Indian journal of veterinary science and animal husbandry - Volume 5,
Year: 1935
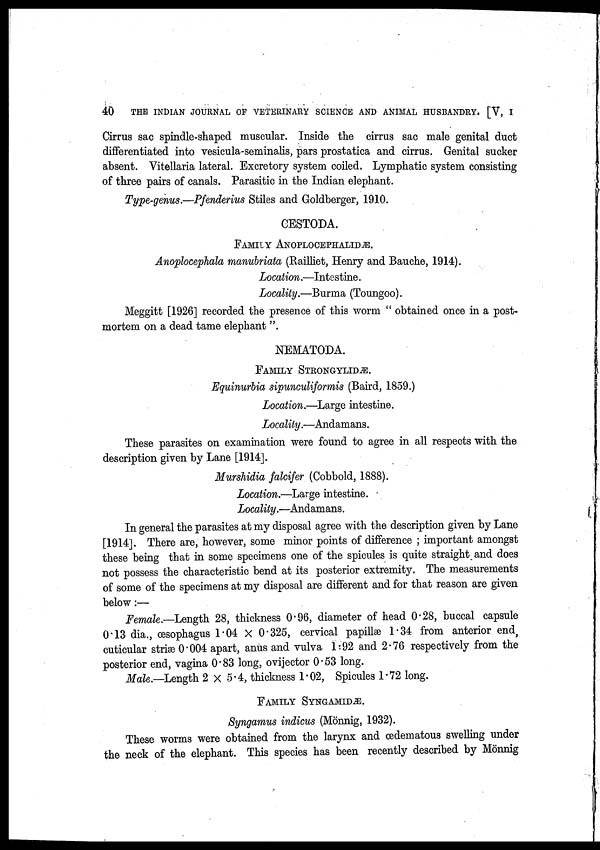
40
THE INDIAN JOURNAL OF VETERINARY SCIENCE AND ANIMAL HUSBANDRY. [V, I
Cirrus sac spindle-shaped muscular. Inside the cirrus sac male genital duct
differentiated into vesicula-seminalis, pars prostatica and cirrus. Genital sucker
absent. Vitellaria lateral. Excretory system coiled. Lymphatic system consisting
of three pairs of canals. Parasitic in the Indian elephant.
Type-genus.—Pfenderius Stiles and Goldberger, 1910.
GESTODA.
FAMILY ANOPLOCEPHALIDÆ.
Anoplocephala manubriata (Railliet, Henry and Bauche, 1914).
Location.—Intestine.
Locality.—Burma (Toungoo).
Meggitt [1926] recorded the presence of this worm " obtained once in a post-
mortem on a dead tame elephant ".
NEMATODA.
FAMILY STRONGYLIDÆ.
Equinurbia sipunculiformis (Baird, 1859.)
Location.—Large intestine.
Locality.—Andamans.
These parasites on examination were found to agree in all respects with the
description given by Lane [1914].
Murshidia falcifer (Cobbold, 1888).
Location.—Large intestine.
Locality.—Andamans.
In general the parasites at my disposal agree with the description given by Lane
[1914]. There are, however, some minor points of difference ; important amongst
these being that in some specimens one of the spicules is quite straight and does
not possess the characteristic bend at its posterior extremity. The measurements
of some of the specimens at my disposal are different and for that reason are given
below:—
Female.—Length 28, thickness 0.96, diameter of head 0.28, buccal capsule
0.13 dia., œsophagus 1.04 × 0.325, cervical papillæ 1.34 from anterior end,
cuticular striæ 0.004 apart, anus and vulva 1.92 and 2.76 respectively from the
posterior end, vagina 0.83 long, ovijector 0.53 long.
Male—Length 2 × 5.4, thickness 1.02, Spicules 1.72 long.
FAMILY SYNGAMIDÆ.
Syngamus indicus (Mönnig, 1932).
These worms were obtained from the larynx and œdematous swelling under
the neck of the elephant. This species has been recently described by Mönnig